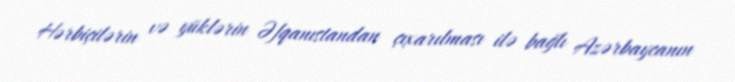
Hərbiçilərin və yüklərin Əfqanıstandan çıxarılması ilə bağlı Azərbaycanın